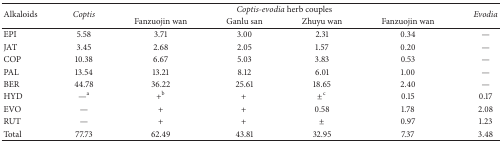
<table><thead><tr><td rowspan="2"><b>Alkaloids</b></td><td rowspan="2"><b><i>Coptis</i></b></td><td colspan="4"><b><i>Coptis-evodia</i> herb couples</b></td><td rowspan="2"><b><i>Evodia</i></b></td></tr><tr><td><b>Fanzuojin wan</b></td><td><b>Ganlu san</b></td><td><b>Zhuyu wan</b></td><td><b>Fanzuojin wan</b></td></tr></thead><tbody><tr><td>EPI</td><td>5.58</td><td>3.71</td><td>3.00</td><td>2.31</td><td>0.34</td><td>—</td></tr><tr><td>JAT</td><td>3.45</td><td>2.68</td><td>2.05</td><td>1.57</td><td>0.20</td><td>—</td></tr><tr><td>COP</td><td>10.38</td><td>6.67</td><td>5.03</td><td>3.83</td><td>0.53</td><td>—</td></tr><tr><td>PAL</td><td>13.54</td><td>13.21</td><td>8.12</td><td>6.01</td><td>1.00</td><td>—</td></tr><tr><td>BER</td><td>44.78</td><td>36.22</td><td>25.61</td><td>18.65</td><td>2.40</td><td>—</td></tr><tr><td>HYD</td><td>—<sup>a</sup></td><td>+<sup>b</sup></td><td>+</td><td>±<sup>c</sup></td><td>0.15</td><td>0.17</td></tr><tr><td>EVO</td><td>—</td><td>+</td><td>+</td><td>0.58</td><td>1.78</td><td>2.08</td></tr><tr><td>RUT</td><td>—</td><td>+</td><td>+</td><td>±</td><td>0.97</td><td>1.23</td></tr><tr><td>Total</td><td>77.73</td><td>62.49</td><td>43.81</td><td>32.95</td><td>7.37</td><td>3.48</td></tr></tbody></table>